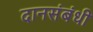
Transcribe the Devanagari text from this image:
दानसंबंधी